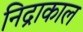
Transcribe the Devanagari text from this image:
निद्राकाल